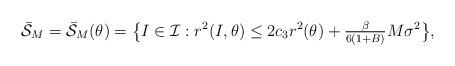
LaTeX: \begin{align*}\bar{\mathcal{S}}_M=\bar{\mathcal{S}}_M(\theta)=\big\{ I \in \mathcal{I}: r^2(I,\theta) \le 2c_3 r^2(\theta)+\tfrac{\beta}{6(1+B)} M\sigma^2\big\},\end{align*}